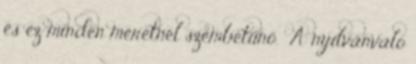
és ez minden méretnél szembetűnő. A nyilvánvaló